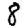
Digit: 8